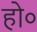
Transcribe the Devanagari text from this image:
हो०